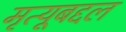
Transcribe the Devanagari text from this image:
मृत्यूबद्दल